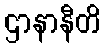
ဌာနာနီတိ